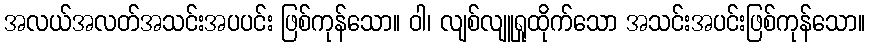
အလယ်အလတ်အသင်းအပပင်း ဖြစ်ကုန်သော။ ဝါ၊ လျစ်လျူရှုထိုက်သော အသင်းအပင်းဖြစ်ကုန်သော။